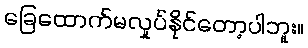
ခြေထောက်မလှုပ်နိုင်တော့ပါဘူး။